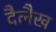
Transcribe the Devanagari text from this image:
दैलैख